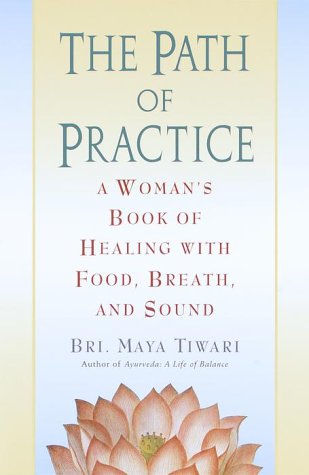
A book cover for The Path of Practice: A Woman's Book of Healing with Food, Breath, and Sound; Bri. Maya Tiwari; Health, Fitness & Dieting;